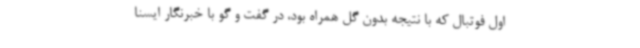
اول فوتبال که با نتیجه بدون گل همراه بود، در گفت و گو با خبرنگار ایسنا